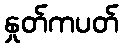
နှုတ်ကပတ်